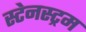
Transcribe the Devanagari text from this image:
स्टेनस्ट्रम